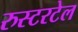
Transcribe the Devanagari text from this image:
रुस्टरटेल